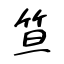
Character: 笪